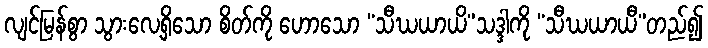
လျင်မြန်စွာ သွားလေ့ရှိသော စိတ်ကို ဟောသော “သီဃယာယိ”သဒ္ဒါကို “သီဃယာယီ”တည်၍